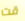
قت